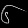
Digit: ၆